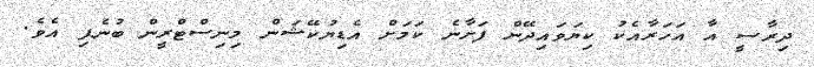
ދިރާސީ އާ އަހަރާއެކު ކިޔަވައިދޭން ފަށާނެ ކަމަށް އެޑިޔުކޭޝަން މިނިސްޓްރީން ބުނެފި އެވެ.